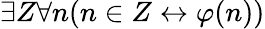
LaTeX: \exists Z\forall n(n\in Z\leftrightarrow\varphi(n))